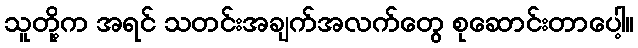
သူတို့က အရင် သတင်းအချက်အလက်တွေ စုဆောင်းတာပေါ့။